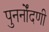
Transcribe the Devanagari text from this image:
पुनर्नोंदणी